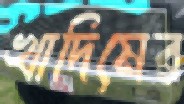
খাদিমের